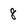
Character: 8